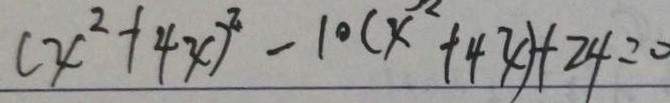
( x ^ { 2 } + 4 x ) ^ { 2 } - 1 0 ( x + 4 x ) + 2 4 = 0